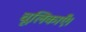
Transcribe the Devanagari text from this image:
चूलिकाएँ।